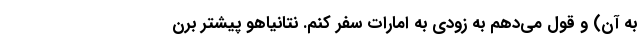
به آن) و قول می‌دهم به زودی به امارات سفر کنم. نتانیاهو پیشتر برن